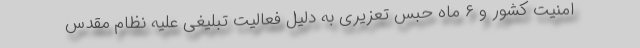
امنیت کشور و ۶ ماه حبس تعزیری به دلیل فعالیت تبلیغی علیه نظام مقدس